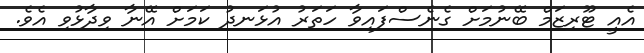
އެއީ ޓޫރިޒަމް ބޭނުމަށް ގެނެސްފައިވާ ހަތަރު އުޅަނދު ކަމަށް އޭނާ ވިދާޅުވި އެވެ.